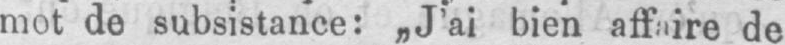
mot de subsistance: „J’ai bien affaire de